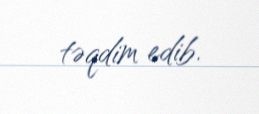
təqdim edib.